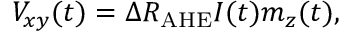
V _ { x y } ( t ) = \Delta R _ { \mathrm { A H E } } I ( t ) m _ { z } ( t ) ,